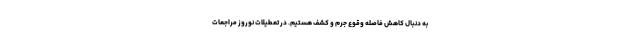
به دنبال کاهش فاصله وقوع جرم و کشف هستیم. در تعطیلات نوروز مراجعات